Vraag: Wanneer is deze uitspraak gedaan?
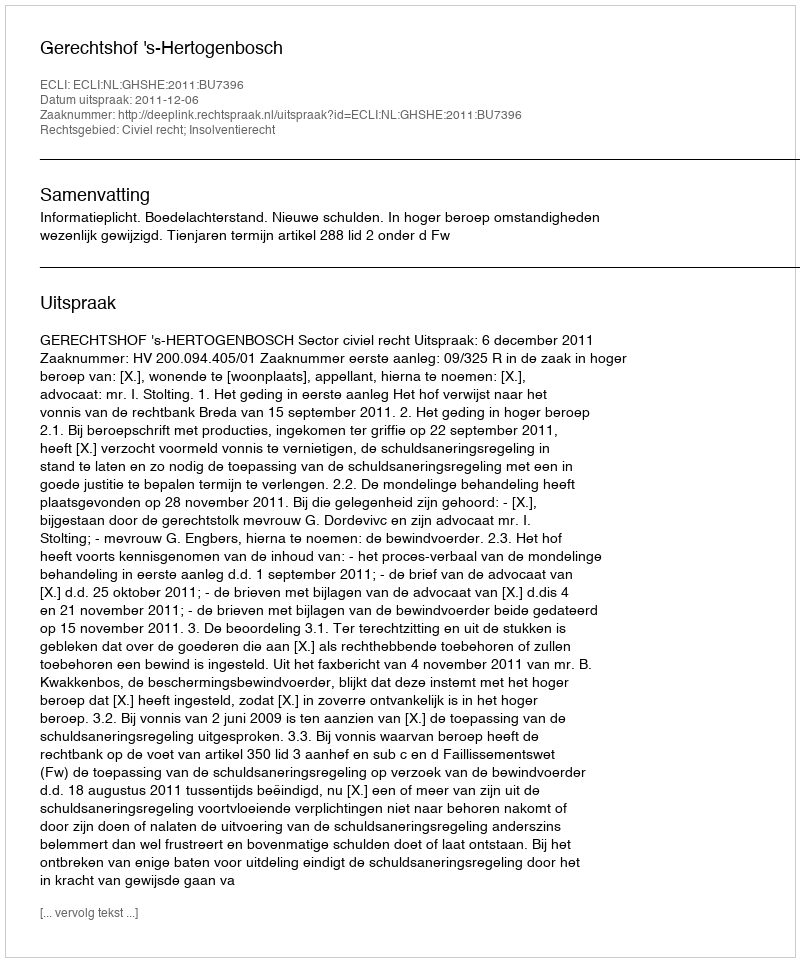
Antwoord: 2011-12-06